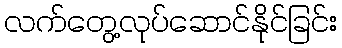
လက်တွေ့လုပ်ဆောင်နိုင်ခြင်း